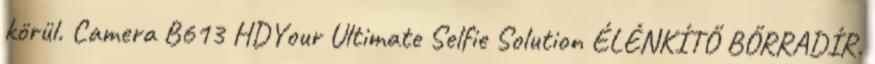
körül. Camera B613 HDYour Ultimate Selfie Solution ÉLÉNKÍTŐ BŐRRADÍR.